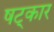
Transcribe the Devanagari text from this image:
षट्‌कार